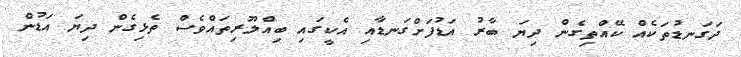
ދަގަނޑުތަކެއް ކޭއްތިގެން ދިޔަ ބާރު އަޑުފަށްގަނޑާއި އެކީގައި ބިއްލޫރިތައްވެސް ތެޅިގެން ދިޔަ އަޑުން